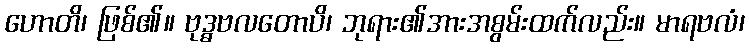
ဟောတိ၊ ဖြစ်၏။ ဗုဒ္ဓဗလတောပိ၊ ဘုရား၏အားအစွမ်းထက်လည်း။ မာရဗလံ၊